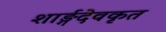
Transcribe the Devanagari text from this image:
शार्ङ्गदेवकृत